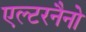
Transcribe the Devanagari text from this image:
एल्टरनैनो